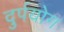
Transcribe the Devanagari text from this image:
दुर्पयोग